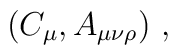
(C_\mu, A_{\mu\nu\rho})\ ,